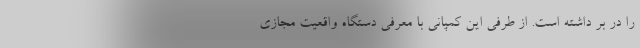
را در بر داشته است. از طرفی این کمپانی با معرفی دستگاه واقعیت مجازی